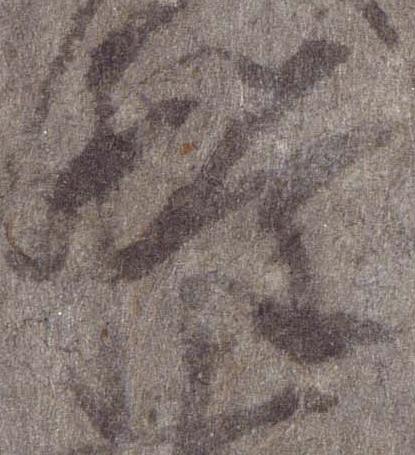
権